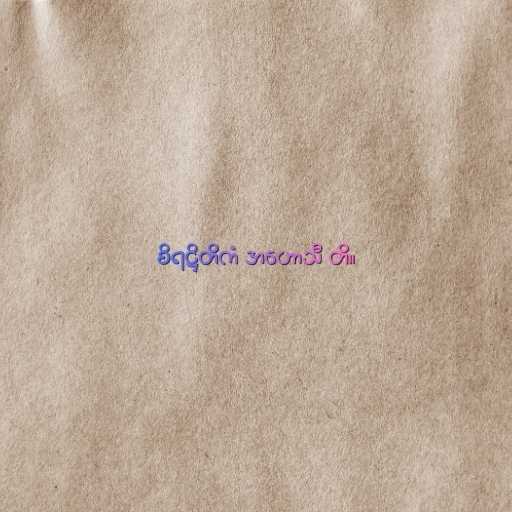
စိရဋ္ဌိတိကံ အဟောသီ တိ။